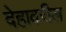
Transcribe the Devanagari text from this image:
देहावरील